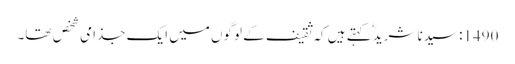
1490: سیدنا شریدؓ کہتے ہیں کہ ثقیف کے لوگوں میں ایک جذامی شخص تھا۔